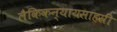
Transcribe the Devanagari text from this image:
लैकिकन्यायसाहस्री